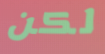
لكن